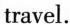
travel.